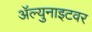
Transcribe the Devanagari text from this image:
ॲल्युनाइटवर